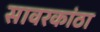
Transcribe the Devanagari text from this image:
सावरकांठा